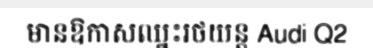
មានឱកាសឈ្នះរថយន្ត Audi Q2